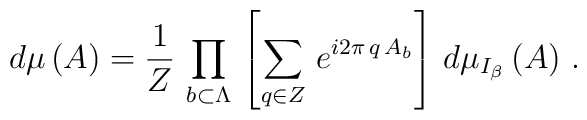
\left.  d\mu \, (A) = \frac{1}{ Z} \,  \prod_{b \subset \Lambda}\, \left[ \sum_{q \in Z} \, e^{ i 2 \pi \, q \, A_{b}} \right] \, d \mu_{I_{\beta}} \, (A) \ .\right.